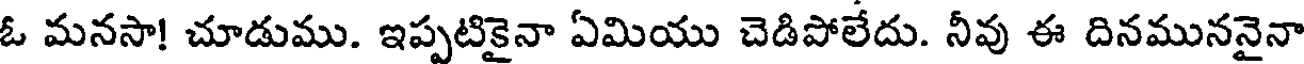
ఓ మనసా! చూడుము. ఇప్పటికైనా ఏమియు చెడిపోలేదు. నీవు ఈ దినముననైనా